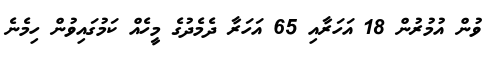
ވުން އުމުރުން 18 އަހަރާއި 65 އަހަރާ ދެމެދުގެ މީހެއް ކަމުގައިވުން ހިމެނެ